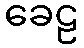
ခေဠ